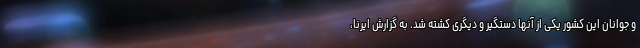
و جوانان این کشور یکی از آنها دستگیر و دیگری کشته شد. به گزارش ایرنا،